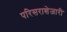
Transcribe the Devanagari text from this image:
परिसराशेजारी